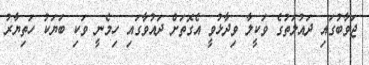
ޖަވާބުގައި ދައުލަތުގެ ވަކީލާ ވިދާޅުވީ އެގޮތަށް ދައުވާގައި ހިމެނީ ވަކި ބަޔަކު ހަތިޔާރު